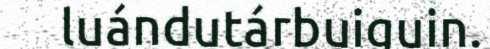
luándutárbuiguin.